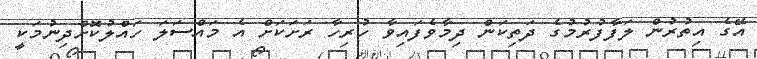
އޭގެ އިތުރުން ލަފާފުރުމުގެ ދަތިކަން ދިމާވެފައިވާ ހުރިހާ ރަށަކަށް އެ މައްސަލަ ހައްލުކޮށްދިނުމަކީ